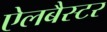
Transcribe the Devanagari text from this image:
ऐलबैस्टर